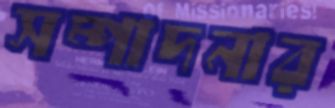
সম্পাদনার